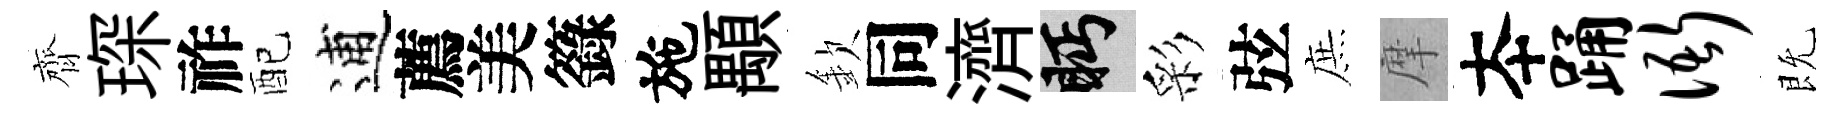
齊琛祚配逋薦美籙施顒欽同濟眄彩弦庶摩夲踊衙既